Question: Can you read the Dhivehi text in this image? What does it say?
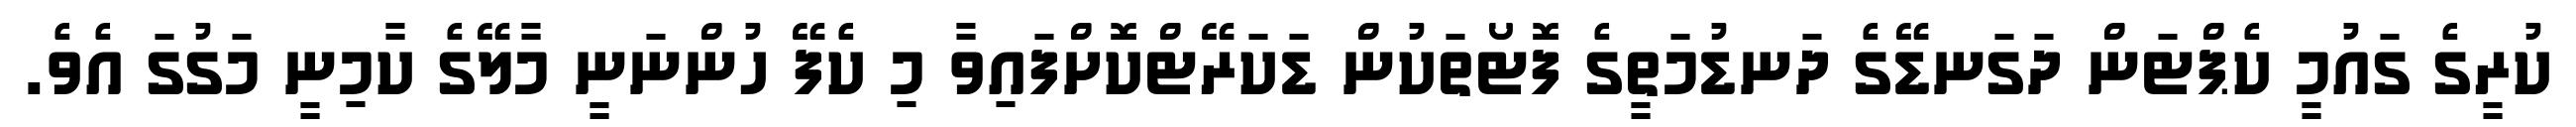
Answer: ކުރީގެ ގައުމީ ކެޕްޓަން ދަގަނޑޭގެ ދަނޑުމަތީގެ ފޮޓޯތަކުން ޑަކަރޭޓްކޮށްފައިވާ މި ކެފޭ ހުންނަނީ މާލޭގެ ކާމިނީ މަގުގަ އެވެ.